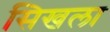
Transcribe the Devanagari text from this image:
सिखला